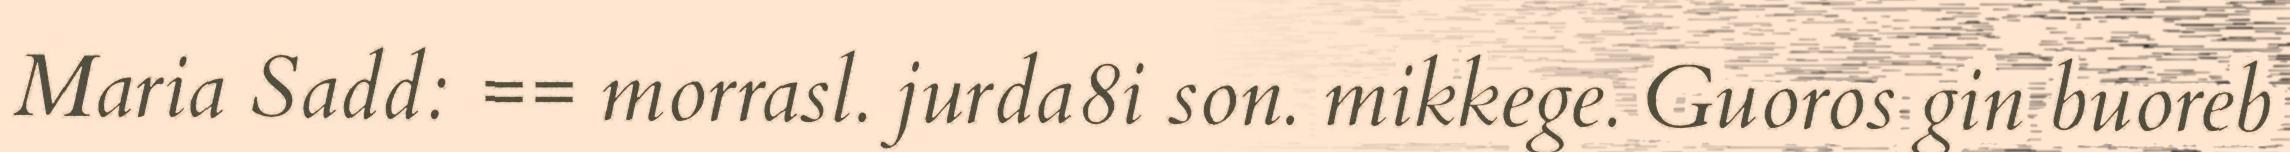
Maria Sadd: == morrasl. jurda8i son. mikkege. Guoros gin buoreb